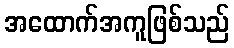
အထောက်အကူဖြစ်သည်